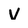
Character: V